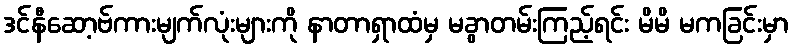
ဒင်နီဆော့ဗ်ကားမျက်လုံးများကို နာတာရှာထံမှ မခွာတမ်းကြည့်ရင်း မိမိ မကခြင်းမှာ